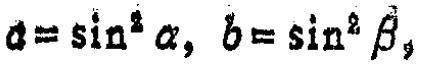
$a = \sin^{2}\alpha,\ b = \sin^{2}\beta,$